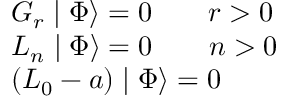
\begin{array} { l } { { G _ { r } \mid \Phi \rangle = 0 \qquad r > 0 } } \\ { { L _ { n } \mid \Phi \rangle = 0 \qquad n > 0 } } \\ { { \left( L _ { 0 } - a \right) \mid \Phi \rangle = 0 } } \end{array}